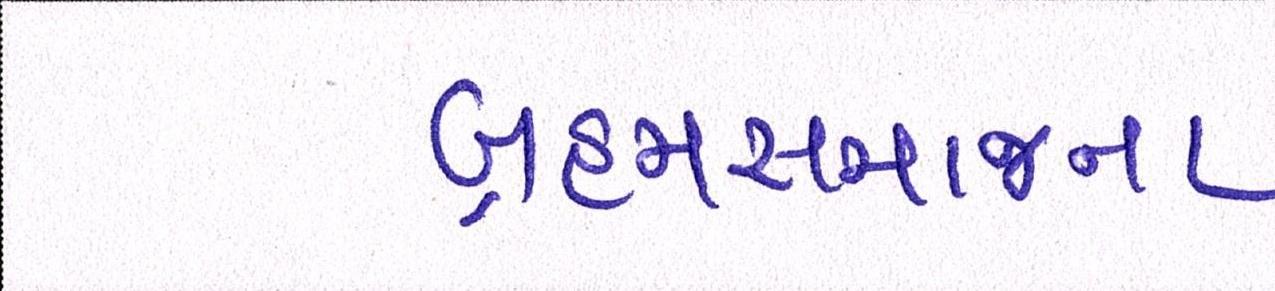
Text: બ્રહ્મસમાજના